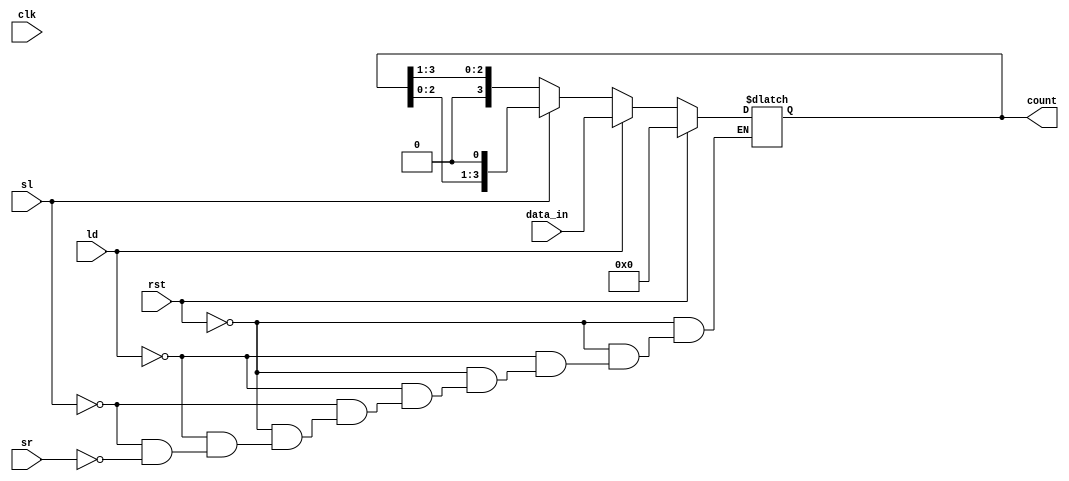
module async_shift_counter (
    input wire clk,          // Clock signal (not used for asynchronous operation)
    input wire rst,          // Reset signal
    input wire ld,           // Load signal
    input wire [3:0] data_in, // Input data for loading
    input wire sl,           // Shift Left signal
    input wire sr,           // Shift Right signal
    output reg [3:0] count   // Current count output
);

// Asynchronous behavior
always @(*) begin
    if (rst) begin
        count = 4'b0000; // Reset the count to 0
    end else if (ld) begin
        count = data_in; // Load the preset value
    end else if (sl) begin
        count = {count[2:0], 1'b0}; // Shift left and fill LSB with 0
    end else if (sr) begin
        count = {1'b0, count[3:1]}; // Shift right and fill MSB with 0
    end
end

endmodule